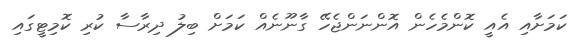
ކަމަށާއި އެއީ ކޮންމެހެން އޮންނަންޖެހޭ ގާނޫނެއް ކަމަށް ބިލު ދިރާސާ ކުރި ކޮމިޓީގައި